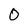
Character: O